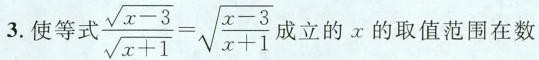
3.使等 $$\frac { \sqrt { x - 3 } } { \sqrt { x + 1 } } = \sqrt { \frac { x - 3 } { x + 1 } }$$ 成立的x的取值范围在数